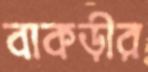
বাকড়ীর